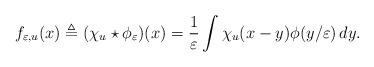
LaTeX: \begin{align*}f_{\varepsilon, u}(x) \triangleq (\chi_u\star\phi_\varepsilon)(x) = \frac{1}{\varepsilon}\int \chi_u(x-y)\phi(y/\varepsilon)\,dy.\end{align*}